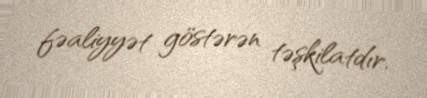
fəaliyyət göstərən təşkilatdır.